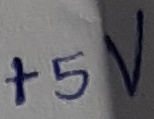
Text: +5V